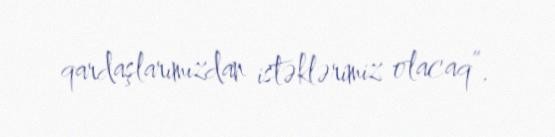
qardaşlarımızdan istəklərimiz olacaq”.